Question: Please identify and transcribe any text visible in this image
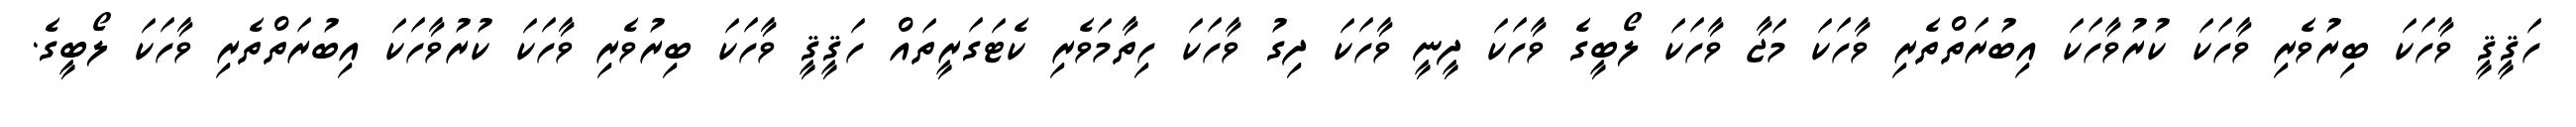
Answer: ހަޤީޤީ ވާހަކަ ބިރުވެރި ވާހަކަ ކުރުވާހަކަ އިބުރަތްތެރި ވާހަކަ މަޖާ ވާހަކަ ލޯބީގެ ވާހަކަ ދީނީ ވާހަކަ ދިގު ވާހަކަ ހިތާމަވެރި ކެޓަގަރީތައް ހަޤީޤީ ވާހަކަ ބިރުވެރި ވާހަކަ ކުރުވާހަކަ އިބުރަތްތެރި ވާހަކަ ލޯބީގެ.